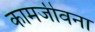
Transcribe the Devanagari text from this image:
कामजीवना